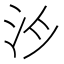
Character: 𪵯